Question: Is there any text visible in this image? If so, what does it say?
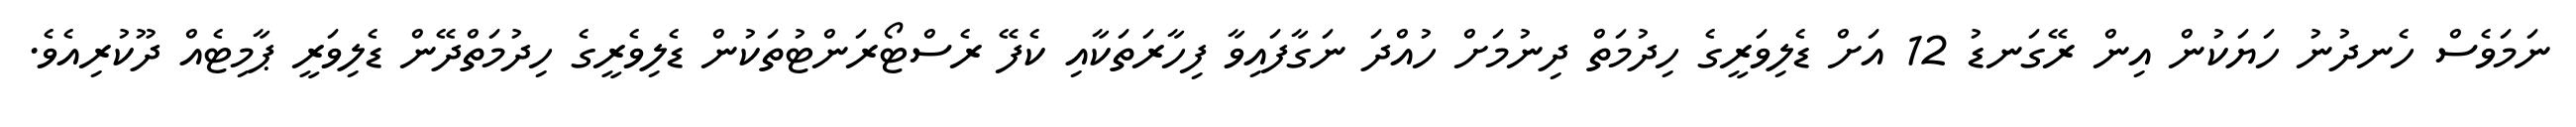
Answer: ނަމަވެސް ހެނދުނު ހަޔަކުން އިން ރޭގަނޑު 12 އަށް ޑެލިވަރީގެ ހިދުމަތް ދިނުމަށް ހުއްދަ ނަގާފައިވާ ފިހާރަތަކާއި ކެފޭ ރެސްޓޯރަންޓުތަކުން ޑެލިވެރީގެ ހިދުމަތްދޭން ޑެލިވަރީ ޕާމިޓެއް ދޫކުރިއެވެ.